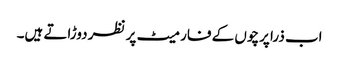
اب ذرا پرچوں کے فارمیٹ پر نظر دوڑاتے ہیں۔